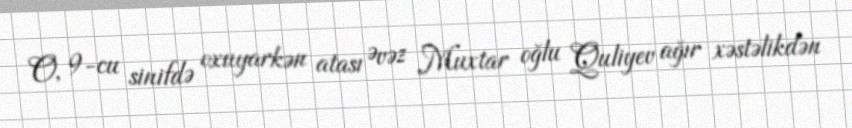
O, 9-cu sinifdə oxuyarkən atası Əvəz Muxtar oğlu Quliyev ağır xəstəlikdən